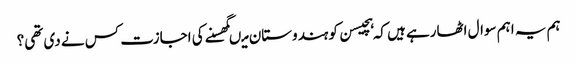
ہم یہ اہم سوال اٹھارہے ہیں کہ ہچیسن کو ہندوستان میںگھسنے کی اجازت کس نے دی تھی؟